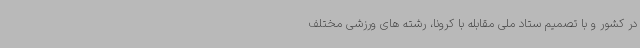
در کشور و با تصمیم ستاد ملی مقابله با کرونا، رشته های ورزشی مختلف